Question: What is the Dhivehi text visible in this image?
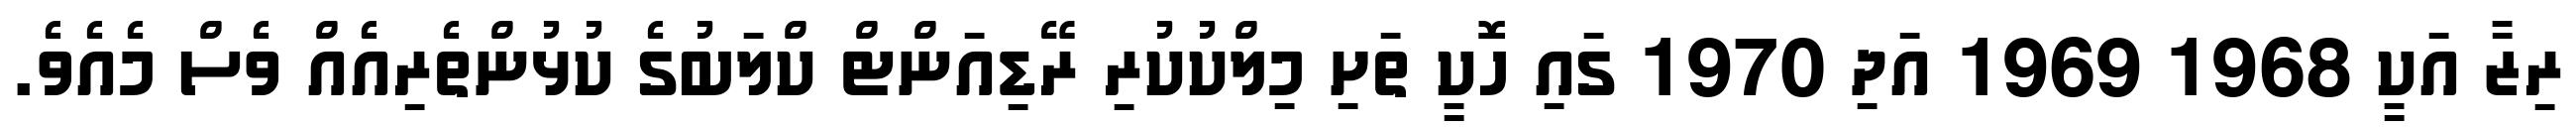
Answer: ރިޒާ އަކީ 1968 1969 އަދި 1970 ގައި ހޮކީ ތަށި މިލްކުކުރި ރޭޑިއަންޓް ކްލަބުގެ ކުޅުންތެރިއެއް ވެސް މެއެވެ.